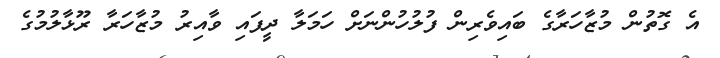
އެ ގޮތުން މުޒާހަރާގެ ބައިވެރިން ފުލުހުންނަށް ހަމަލާ ދީފައި ވާއިރު މުޒާހަރާ ރޫޅާލުމުގެ